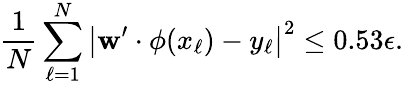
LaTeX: \frac{1}{N}\sum_{\ell=1}^{N}\left|\mathbf{w}^{\prime}\cdot\phi(x_{\ell})-y_{\ell}\right|^{2}\leq 0.53\epsilon.